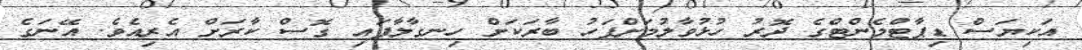
އަކިޔަސް ޑިޕާޓްމެންޓްގެ ދޮރު ހުޅުވާލުމަށްފަހު ބާރަކަށް ހިނގާލާފައި ގޮސް ކާރަށް އެރިއެވެ. އޭނަގެ